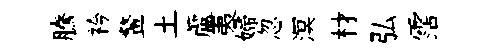
騰衿鳌土蘆夷婦忽溟材弘霑